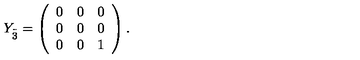
Y _ { \stackrel { . \! . \! . } { 3 } } = \left( \begin{array} { c c c } { 0 } & { 0 } & { 0 } \\ { 0 } & { 0 } & { 0 } \\ { 0 } & { 0 } & { 1 } \\ \end{array} \right) .